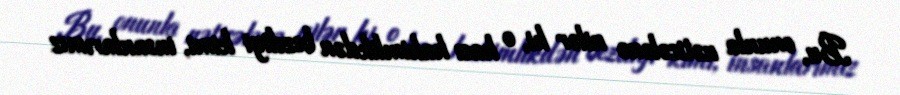
Bu, onunla nəticələnə nilər ki, o hacı hakimlikdən bezdiyi kimi, insanlarımız